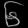
Digit: ၆